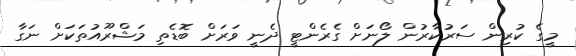
މީގެ ކުރިން ސަރުކާރުން ލޯނަށް ގެރެންޓީ ދެނީ ވަރަށް ބޮޑެތި މަޝްރޫއުތަކަށް ނަގާ